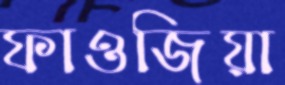
ফাওজিয়া